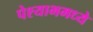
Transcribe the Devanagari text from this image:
पेश्याभमध्ये